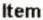
ITEM